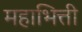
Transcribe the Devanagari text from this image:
महाभित्ती